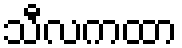
သီလကထာ